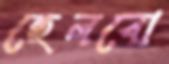
হেলবো